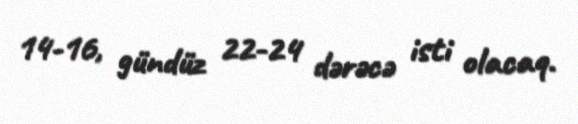
14-16, gündüz 22-24 dərəcə isti olacaq.